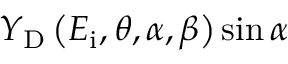
Y _ { \mathrm { D } } \left( E _ { \mathrm { i } } , \theta , \alpha , \beta \right) \sin \alpha